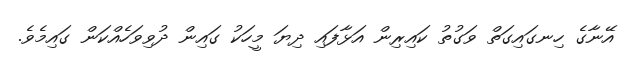
އޭނާގެ ހިނގައިގަތް ވަގުތު ކައިރިން އަޅާފައި ދިޔަ މީހަކު ގައިން ދުވިވަހެއްކަން ގައިމެވެ.